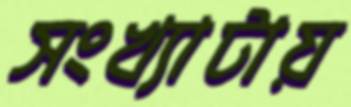
সংখ্যাটায়